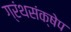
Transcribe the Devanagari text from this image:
ग्रंथसंक्षेप